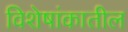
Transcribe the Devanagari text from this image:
विशेषांकातील